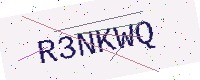
Text: R3NKWQ